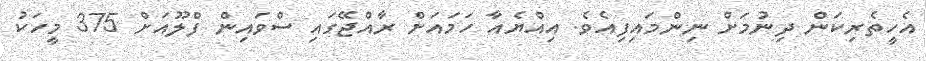
އެހީތެރިކަން ދިނުމަށް ނިންމައިފިއެވެ. އިއްޔެއާ ހަމައަށް ރާއްޖޭގައި ސްވައިން ފްލޫއަށް 375 މީހަކު